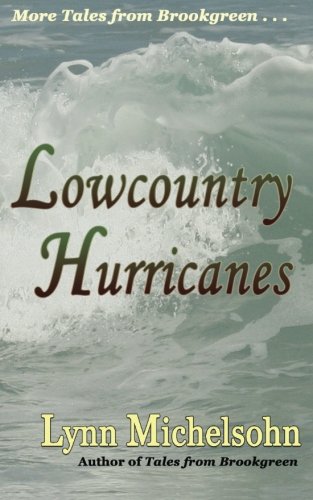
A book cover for Lowcountry Hurricanes: South Carolina History and Folklore of the Sea from Murrells Inlet and Myrtle Beach (More Tales from Brookgreen Series); Lynn Michelsohn; Travel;